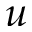
u